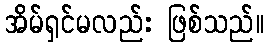
အိမ်ရှင်မလည်း ဖြစ်သည်။